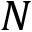
N